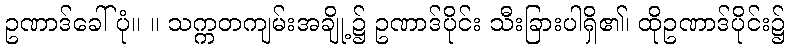
ဥဏာဒ်ခေါ်ပုံ။ ။ သက္ကတကျမ်းအချို့၌ ဥဏာဒ်ပိုင်း သီးခြားပါရှိ၏၊ ထိုဥဏာဒ်ပိုင်း၌